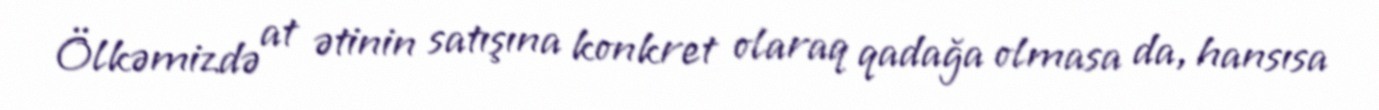
Ölkəmizdə at ətinin satışına konkret olaraq qadağa olmasa da, hansısa